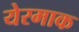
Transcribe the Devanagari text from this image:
येरमाक